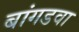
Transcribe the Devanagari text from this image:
बांगडवा